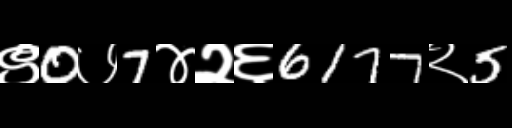
Text: ९0७7४२६6177२5